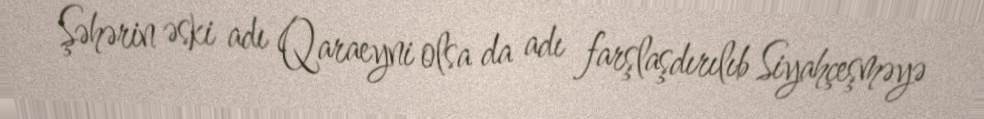
Şəhərin əski adı Qaraeyni olsa da adı farşlaşdırılıb Siyahçeşməyə